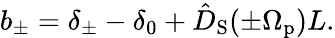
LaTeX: b_{\pm}=\delta_{\pm}-\delta_{0}+\hat{D}_{\mathrm{S}}(\pm\Omega_{\mathrm{p}})L.